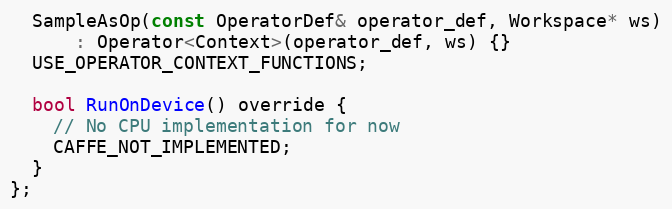
Language: C
  SampleAsOp(const OperatorDef& operator_def, Workspace* ws)
      : Operator<Context>(operator_def, ws) {}
  USE_OPERATOR_CONTEXT_FUNCTIONS;

  bool RunOnDevice() override {
    // No CPU implementation for now
    CAFFE_NOT_IMPLEMENTED;
  }
};